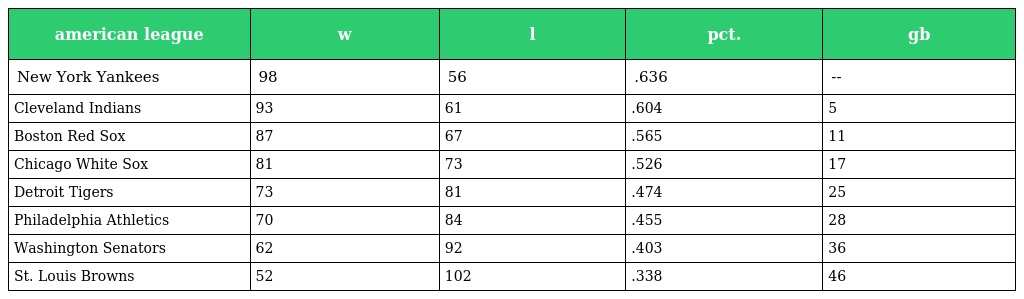
| american league | w | l | pct. | gb |
 | --- | --- | --- | --- | --- |
 | New York Yankees | 98 | 56 | .636 | -- |
 | Cleveland Indians | 93 | 61 | .604 | 5 |
 | Boston Red Sox | 87 | 67 | .565 | 11 |
 | Chicago White Sox | 81 | 73 | .526 | 17 |
 | Detroit Tigers | 73 | 81 | .474 | 25 |
 | Philadelphia Athletics | 70 | 84 | .455 | 28 |
 | Washington Senators | 62 | 92 | .403 | 36 |
 | St. Louis Browns | 52 | 102 | .338 | 46 |